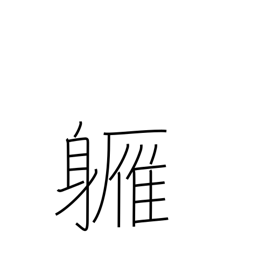
Meaning: almost